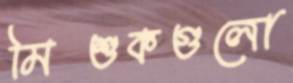
মিশুকগুলো